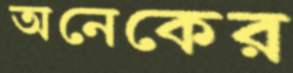
অনেকের